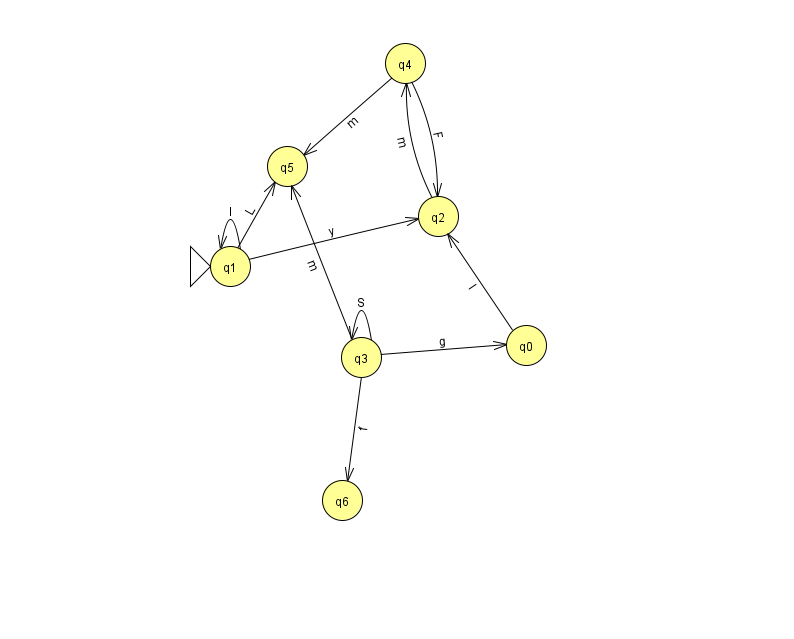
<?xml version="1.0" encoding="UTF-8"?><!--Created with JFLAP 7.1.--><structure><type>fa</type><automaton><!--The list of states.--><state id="0" name="q0"><x>526.0</x><y>332.0</y></state><state id="1" name="q1"><x>230.0</x><y>253.0</y><initial/></state><state id="2" name="q2"><x>438.0</x><y>203.0</y></state><state id="3" name="q3"><x>361.0</x><y>344.0</y></state><state id="4" name="q4"><x>405.0</x><y>50.0</y></state><state id="5" name="q5"><x>287.0</x><y>153.0</y></state><state id="6" name="q6"><x>342.0</x><y>487.0</y></state><!--The list of transitions.--><transition><from>3</from><to>3</to><read>S</read></transition><transition><from>3</from><to>6</to><read>f</read></transition><transition><from>4</from><to>2</to><read>F</read></transition><transition><from>0</from><to>2</to><read>l</read></transition><transition><from>2</from><to>4</to><read>m</read></transition><transition><from>3</from><to>0</to><read>g</read></transition><transition><from>3</from><to>5</to><read>m</read></transition><transition><from>4</from><to>5</to><read>m</read></transition><transition><from>1</from><to>5</to><read>L</read></transition><transition><from>1</from><to>1</to><read>l</read></transition><transition><from>1</from><to>2</to><read>y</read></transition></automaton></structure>